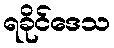
ရခိုင်ဒေသ